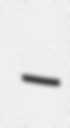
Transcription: –